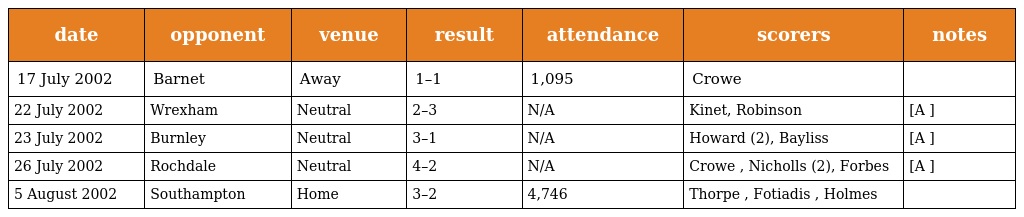
| date | opponent | venue | result | attendance | scorers | notes |
 | --- | --- | --- | --- | --- | --- | --- |
 | 17 July 2002 | Barnet | Away | 1–1 | 1,095 | Crowe |  |
 | 22 July 2002 | Wrexham | Neutral | 2–3 | N/A | Kinet, Robinson | [A ] |
 | 23 July 2002 | Burnley | Neutral | 3–1 | N/A | Howard (2), Bayliss | [A ] |
 | 26 July 2002 | Rochdale | Neutral | 4–2 | N/A | Crowe , Nicholls (2), Forbes | [A ] |
 | 5 August 2002 | Southampton | Home | 3–2 | 4,746 | Thorpe , Fotiadis , Holmes |  |